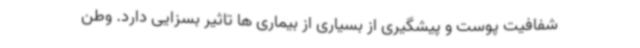
شفافیت پوست و پیشگیری از بسیاری از بیماری ها تاثیر بسزایی دارد. وطن